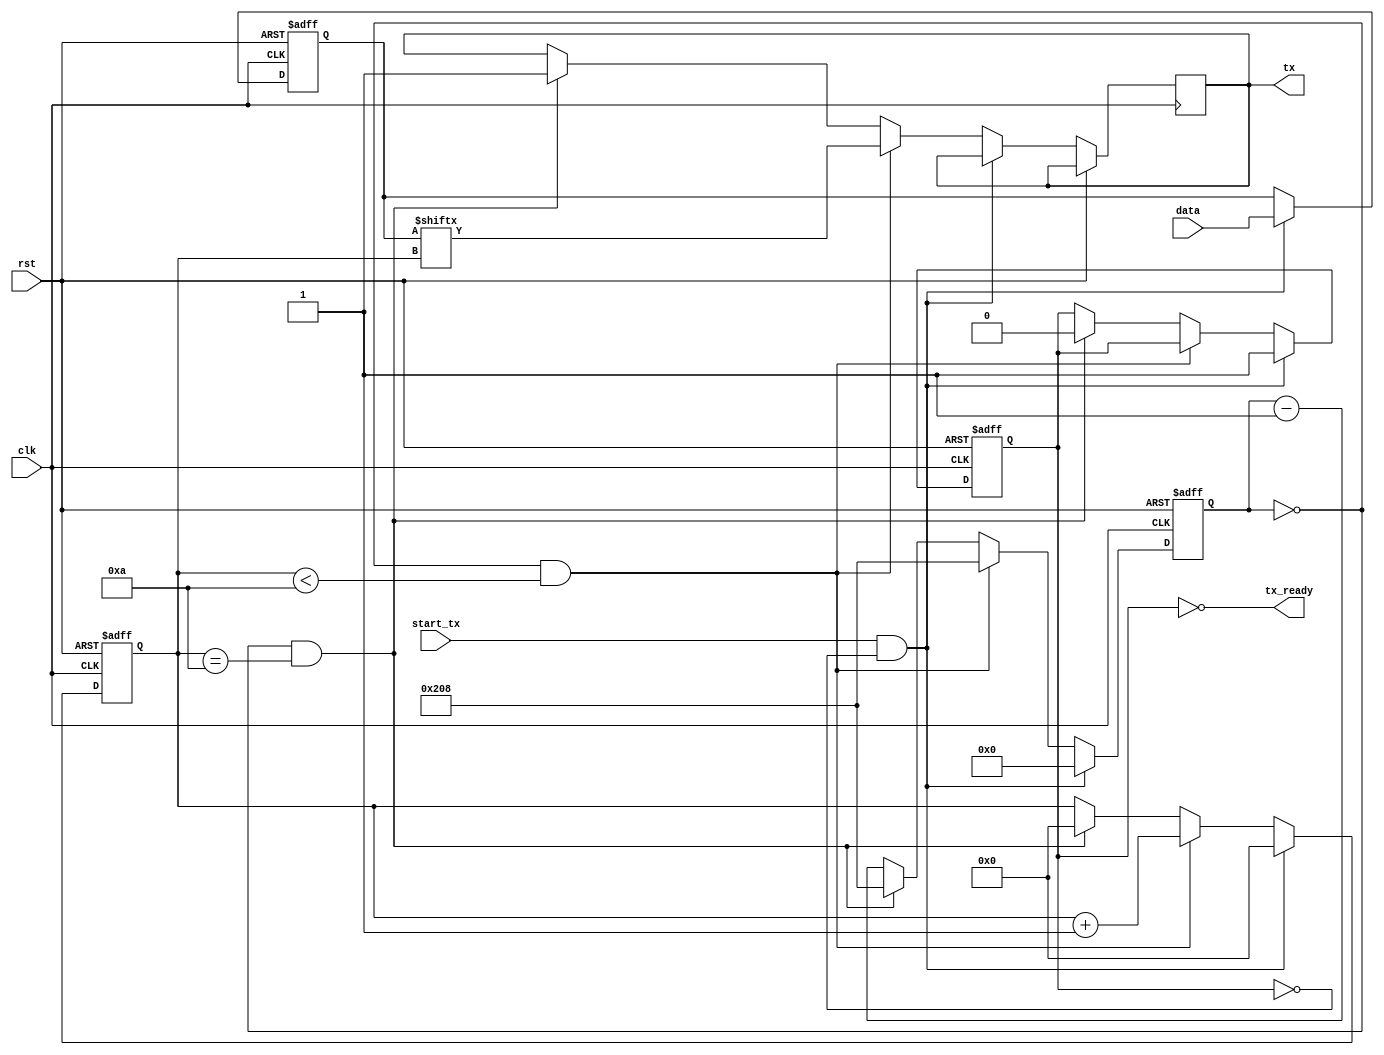
module datausb1(
    input wire clk,          // FPGA clock input
    input wire rst,          // Reset signal
    output wire tx,          // RS-232 transmit pin
    output wire tx_ready,    // Transmission ready signal
    input wire [7:0] data,   // Data to be transmitted
    input wire start_tx      // Start transmission signal
);

reg [11:0] baud_counter;    // Baud rate counter
reg [9:0] bit_counter;      // Bit counter
reg [7:0] tx_data;          // Data to be transmitted
reg tx_busy;                // Transmission in progress
reg tx_bit;                 // Temporary variable for the bit to be transmitted

assign tx = tx_bit;         // Connect the temporary variable to the RS-232 transmit pin
assign tx_ready = ~tx_busy; // The transmission is ready when tx_busy is low

always @(posedge clk or posedge rst) begin
    if (rst) begin
        baud_counter <= 0;
        bit_counter <= 0;
        tx_data <= 8'b0;
        tx_busy <= 0;
    end else if (start_tx && !tx_busy) begin
        baud_counter <= 0;
        bit_counter <= 0;
        tx_data <= data;
        tx_busy <= 1;
    end else if (baud_counter == 0 && bit_counter < 10) begin
        baud_counter <= 520; // For 9600 baud rate, you can calculate the proper value
        tx_bit <= tx_data[bit_counter];
        bit_counter <= bit_counter + 1;
    end else if (baud_counter == 0 && bit_counter == 10) begin
        baud_counter <= 520; // To allow for stop bit(s)
        tx_bit <= 1; // Stop bit
        bit_counter <= 0;
        tx_busy <= 0;
    end else begin
        baud_counter <= baud_counter - 1;
    end
end

endmodule